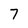
Character: 7